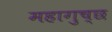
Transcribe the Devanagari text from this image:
महागुच्छ